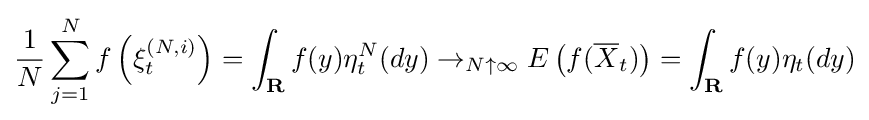
{\frac {1}{N}}\sum _{j=1}^{N}f\left(\xi _{t}^{(N,i)}\right)=\int _{\mathbf {R} }f(y)\eta _{t}^{N}(dy)\to _{N\uparrow \infty }E\left(f({\overline {X}}_{t})\right)=\int _{\mathbf {R} }f(y)\eta _{t}(dy)